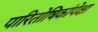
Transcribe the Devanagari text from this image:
पारितोषिकांपेक्षा